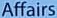
Affairs